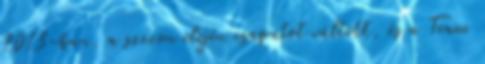
2013-ban, a szezon elején csapatot váltott, és a Team